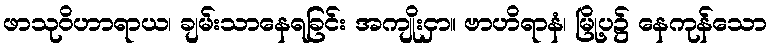
ဖာသုဝိဟာရာယ၊ ချမ်းသာနေရခြင်း အကျိုးငှာ။ ဗာဟိရာနံ၊ မြို့ပ၌ နေကုန်သော